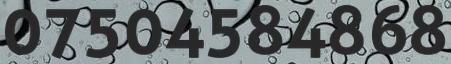
07504584868